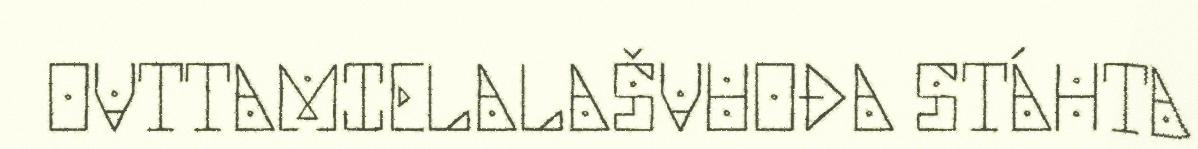
OVTTAMIELALAŠVUOĐA STÁHTA